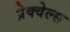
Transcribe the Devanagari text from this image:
प्रेक्वेल्स